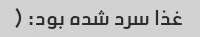
غذا سرد شده بود: (